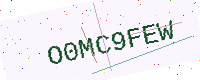
Text: O0MC9FEW